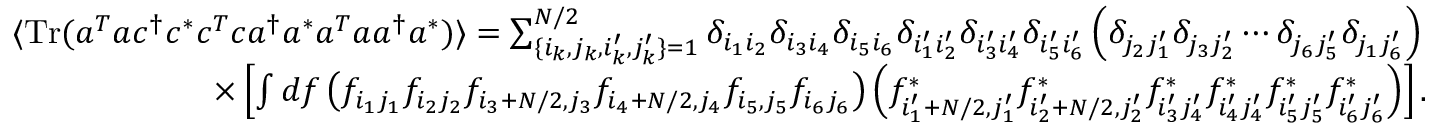
\begin{array} { r l } & { \langle \mathrm { T r } ( a ^ { T } a c ^ { \dagger } c ^ { * } c ^ { T } c a ^ { \dagger } a ^ { * } a ^ { T } a a ^ { \dagger } a ^ { * } ) \rangle = \sum _ { \lbrace i _ { k } , j _ { k } , i _ { k } ^ { \prime } , j _ { k } ^ { \prime } \rbrace = 1 } ^ { N / 2 } \delta _ { i _ { 1 } i _ { 2 } } \delta _ { i _ { 3 } i _ { 4 } } \delta _ { i _ { 5 } i _ { 6 } } \delta _ { i _ { 1 } ^ { \prime } i _ { 2 } ^ { \prime } } \delta _ { i _ { 3 } ^ { \prime } i _ { 4 } ^ { \prime } } \delta _ { i _ { 5 } ^ { \prime } i _ { 6 } ^ { \prime } } \left( \delta _ { j _ { 2 } j _ { 1 } ^ { \prime } } \delta _ { j _ { 3 } j _ { 2 } ^ { \prime } } \cdots \delta _ { j _ { 6 } j _ { 5 } ^ { \prime } } \delta _ { j _ { 1 } j _ { 6 } ^ { \prime } } \right) } \\ & { \qquad \qquad \qquad \times \left[ \int d f \left( f _ { i _ { 1 } j _ { 1 } } f _ { i _ { 2 } j _ { 2 } } f _ { i _ { 3 } + N / 2 , j _ { 3 } } f _ { i _ { 4 } + N / 2 , j _ { 4 } } f _ { i _ { 5 } , j _ { 5 } } f _ { i _ { 6 } j _ { 6 } } \right) \left( f _ { i _ { 1 } ^ { \prime } + N / 2 , j _ { 1 } ^ { \prime } } ^ { * } f _ { i _ { 2 } ^ { \prime } + N / 2 , j _ { 2 } ^ { \prime } } ^ { * } f _ { i _ { 3 } ^ { \prime } j _ { 4 } ^ { \prime } } ^ { * } f _ { i _ { 4 } ^ { \prime } j _ { 4 } ^ { \prime } } ^ { * } f _ { i _ { 5 } ^ { \prime } j _ { 5 } ^ { \prime } } ^ { * } f _ { i _ { 6 } ^ { \prime } j _ { 6 } ^ { \prime } } ^ { * } \right) \right] . } \end{array}